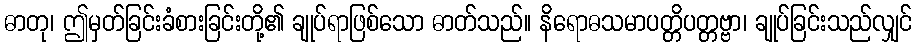
ဓာတု၊ ဤမှတ်ခြင်းခံစားခြင်းတို့၏ ချုပ်ရာဖြစ်သော ဓာတ်သည်။ နိရောဓသမာပတ္တိပတ္တဗ္ဗာ၊ ချုပ်ခြင်းသည်လျှင်